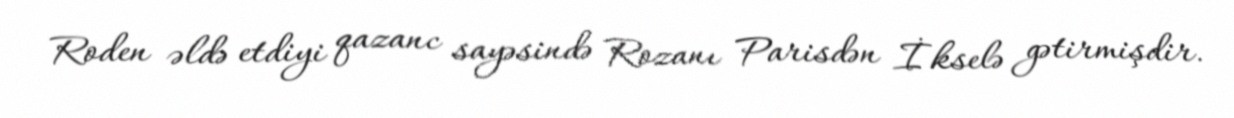
Roden əldə etdiyi qazanc sayəsində Rozanı Parisdən İkselə gətirmişdir.